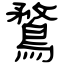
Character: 鶩